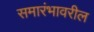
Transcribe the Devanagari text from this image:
समारंभावरील